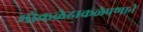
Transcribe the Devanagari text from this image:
मोकळेढाकळेपणाने